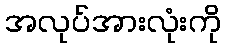
အလုပ်အားလုံးကို